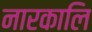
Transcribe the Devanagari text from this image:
नारकालि